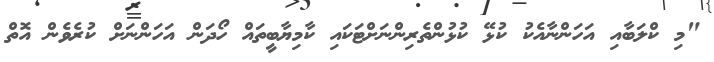
"މި ކްލަބާއި އަހަންނާއެކު ކުޅޭ ކުޅުންތެރިންނަށްޓަކައި ކާމިޔާބީތައް ހޯދަން އަހަންނަށް ކުރެވެން އޮތް